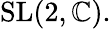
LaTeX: {\mathrm{SL}}(2,\mathbb{C}).